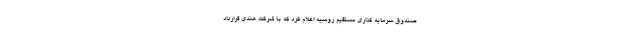
صندوق سرمایه گذاری مستقیم روسیه اعلام کرد که با شرکت هندی قرارداد